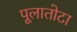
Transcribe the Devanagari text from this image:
पूलातोटा